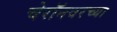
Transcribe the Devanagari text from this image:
चेरॉनवरच्या